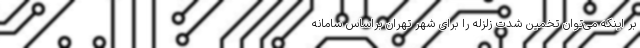
بر اینکه می‌توان تخمین شدت زلزله را برای شهر تهران براساس سامانه‌